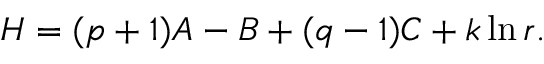
H = ( p + 1 ) A - B + ( q - 1 ) C + k \ln r .